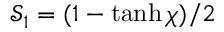
\mathcal { S } _ { 1 } = ( 1 - \operatorname { t a n h } \chi ) / 2